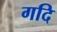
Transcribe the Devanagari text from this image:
गदि